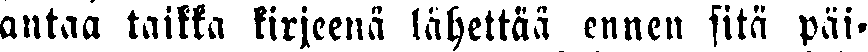
antaa taikka kirjeenä lähettää ennen sitä päi-